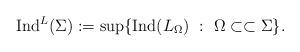
LaTeX: \begin{align*}\mathrm{Ind}^L(\Sigma):=\sup\{\mathrm{Ind}(L_\Omega)\ :\ \Omega\subset\subset\Sigma \}.\end{align*}